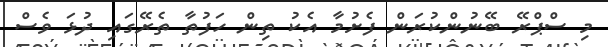
މި ސްޕްރޭ ބޭނުންކުރަން ފެށުމާ އެކު ތިން ހަފުތާ ތެރޭގައި ދުޅަ ވެސް